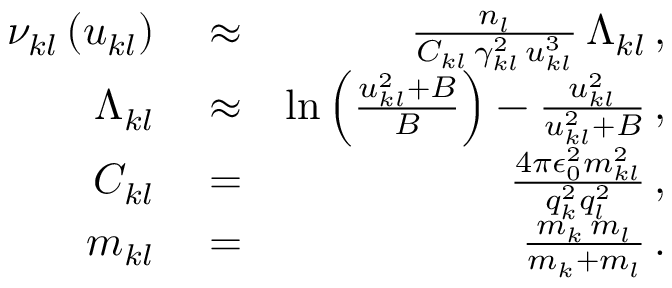
\begin{array} { r l r } { \nu _ { k l } \left( u _ { k l } \right) } & { { } \approx } & { \frac { n _ { l } } { C _ { k l } \, \gamma _ { k l } ^ { 2 } \, u _ { k l } ^ { 3 } } \, \Lambda _ { k l } \, , } \\ { \Lambda _ { k l } } & { { } \approx } & { \ln \left( \frac { u _ { k l } ^ { 2 } + B } { B } \right) - \frac { u _ { k l } ^ { 2 } } { u _ { k l } ^ { 2 } + B } \, , } \\ { C _ { k l } } & { { } = } & { \frac { 4 \pi \epsilon _ { 0 } ^ { 2 } m _ { k l } ^ { 2 } } { q _ { k } ^ { 2 } q _ { l } ^ { 2 } } \, , } \\ { m _ { k l } } & { { } = } & { \frac { m _ { k } \, m _ { l } } { m _ { k } + m _ { l } } \, . } \end{array}